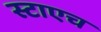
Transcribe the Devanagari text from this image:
स्टाएच